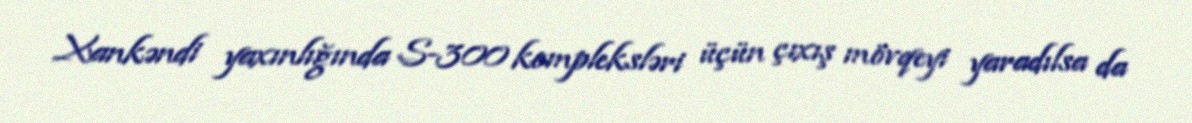
Xankəndi yaxınlığında S-300 kompleksləri üçün çıxış mövqeyi yaradılsa da